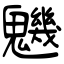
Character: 魕